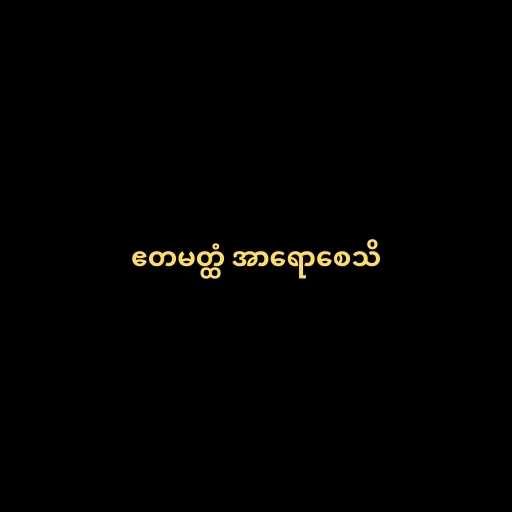
ဧတမတ္ထံ အာရောစေသိ